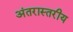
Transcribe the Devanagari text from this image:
अंतरास्तरीय